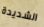
الشديدة